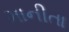
માનીતા